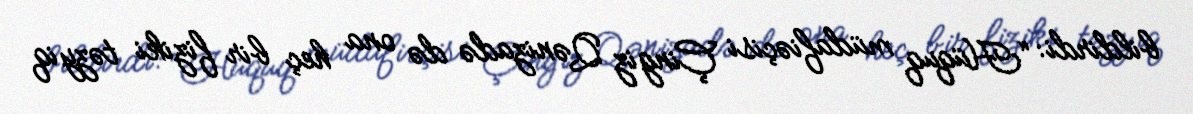
bildirdi: “Hüquq müdafiəçisi Çingiz Qənizadə də ona heç bir fiziki təzyiq